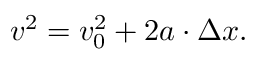
v ^ { 2 } = v _ { 0 } ^ { 2 } + 2 a \cdot \Delta x .